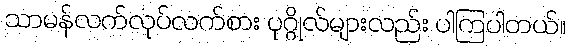
သာမန်လက်လုပ်လက်စား ပုဂ္ဂိုလ်များလည်း ပါကြပါတယ်။